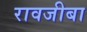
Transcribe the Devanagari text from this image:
रावजीबा